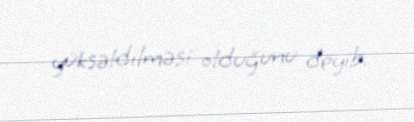
yüksəldilməsi olduğunu deyib.